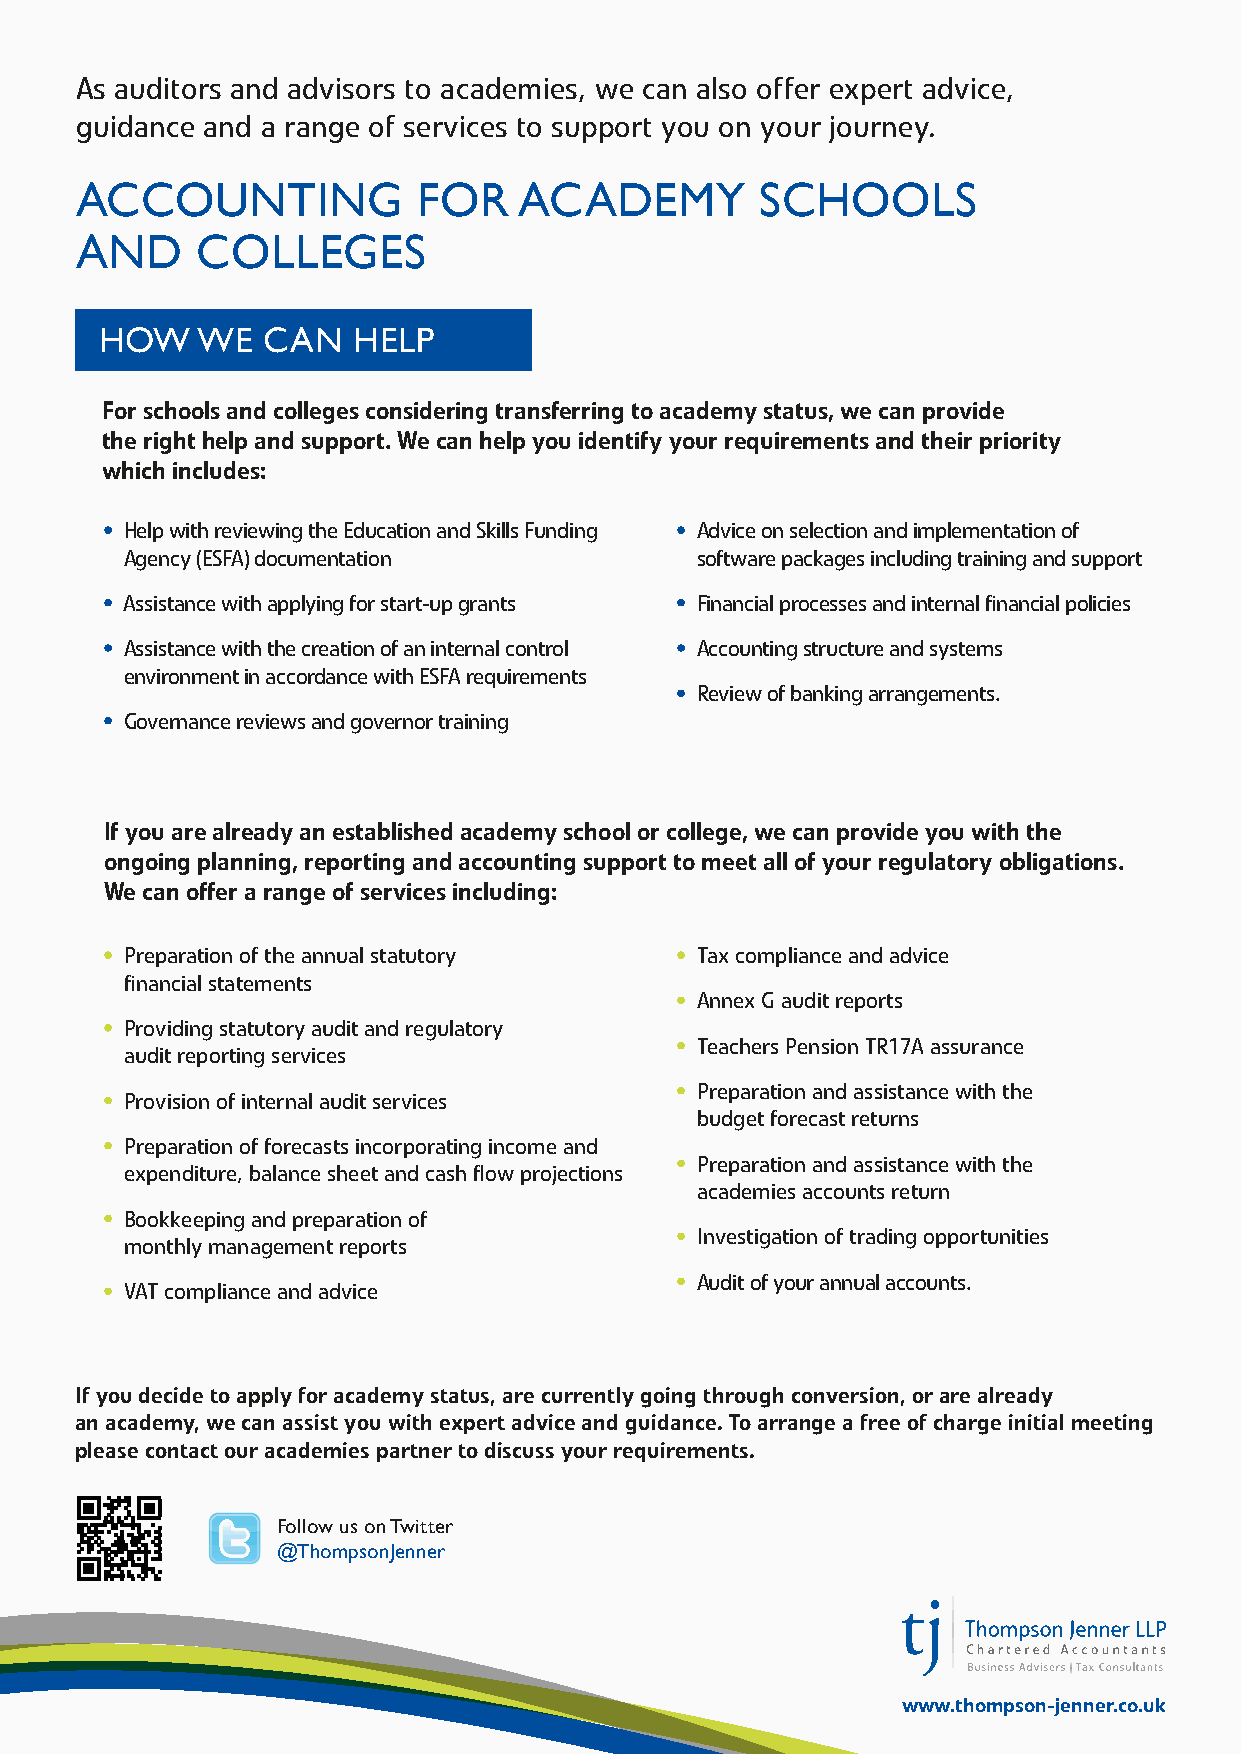
As auditors and advisors to academies, we can also offer expert advice,
 guidance and a range of services to support you on your journey.
 ACCOUNTING             FOR   ACADEMY         SCHOOLS
 AND     COLLEGES
 HOW   WE  CAN   HELP
 For schools and colleges considering transferring to academy status, we can provide
 the right help and support. We can help you identify your requirements and their priority
 which includes:
 • H elp with reviewing the Education and Skills Funding • A dvice on selection and implementation of
 Agency (ESFA) documentation           software packages including training and support
 • Assistance with applying for start-up grants • F inancial processes and internal financial policies
 • A ssistance with the creation of an internal control • A ccounting structure and systems
 environment in accordance with ESFA requirements
 • Review of banking arrangements.
 • G overnance reviews and governor training
 If you are already an established academy school or college, we can provide you with the
 ongoing planning, reporting and accounting support to meet all of your regulatory obligations.
 We can offer a range of services including:
 • P reparation of the annual statutory • Tax compliance and advice
 financial statements
 • A nnex G audit reports
 • P roviding statutory audit and regulatory
 • T eachers Pension TR17A assurance
 audit reporting services
 • P reparation and assistance with the
 • P rovision of internal audit services
 budget forecast returns
 • P reparation of forecasts incorporating income and
 • P reparation and assistance with the
 expenditure, balance sheet and cash flow projections
 academies accounts return
 • B ookkeeping and preparation of
 • Investigation of trading opportunities
 monthly management reports
 • Audit of your annual accounts.
 • V AT compliance and advice
 If you decide to apply for academy status, are currently going through conversion, or are already
 an academy, we can assist you with expert advice and guidance. To arrange a free of charge initial meeting
 please contact our academies partner to discuss your requirements.
 Follow us on Twitter
 @ThompsonJenner
 www.thompson-jenner.co.uk